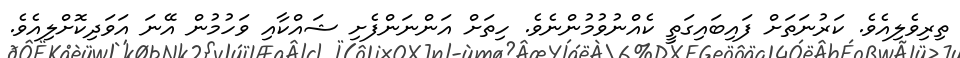
ތިރިވެލިއެވެ. ކަރުނަތަށް ފައިބައިގަތީ ކެއްނުވުމުންނެވެ. ހިތަށް އަންނަންފެށި ޝައްކާއި ވަހުމުން އޭނަ އަވަދިކޮށްލިއެވެ.